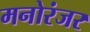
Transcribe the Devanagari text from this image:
मनोरंजर